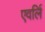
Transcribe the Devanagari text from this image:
एवर्लि